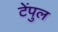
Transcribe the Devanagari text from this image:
टेंपुल